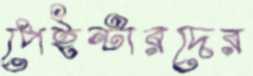
পেইন্টারদের